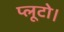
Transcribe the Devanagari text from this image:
प्लूटो।